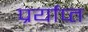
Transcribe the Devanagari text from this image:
प्रर्याप्‍त